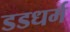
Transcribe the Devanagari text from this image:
डडधर्म